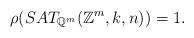
LaTeX: \begin{align*} \rho(SAT_{\mathbb{Q}^m}(\mathbb{Z}^m, k, n)) = 1.\end{align*}